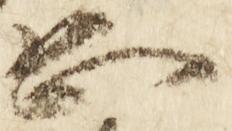
恐